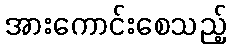
အားကောင်းစေသည့်